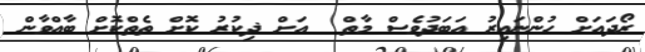
ރޯދައަށް ހުންނައިރު އަބަދުވެސް މާތް  އަށް ޛިކުރު ކޮށް ތެތްކޮށް ބާއްވާން